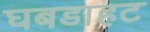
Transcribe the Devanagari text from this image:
घबडाहट